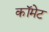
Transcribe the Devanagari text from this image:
कॉमेट